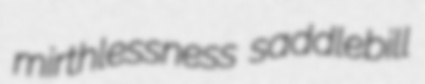
mirthlessness saddlebill